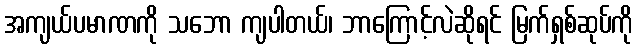
အကျယ်ပမာဏကို သဘော ကျပါတယ်၊ ဘာကြောင့်လဲဆိုရင် မြက်ရှစ်ဆုပ်ကို